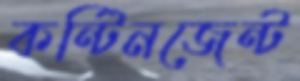
কন্টিনজেন্ট